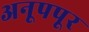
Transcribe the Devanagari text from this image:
अनूपपूर